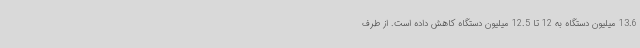
13.6 میلیون دستگاه به 12 تا 12.5 میلیون دستگاه کاهش داده است. از طرف